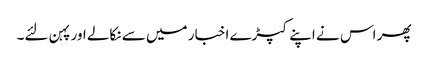
پھر اس نے اپنے کپڑے اخبار میں سے نکالے اور پہن لئے۔